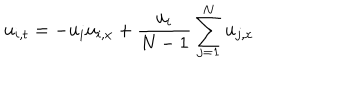
u _ { i , t } = - u _ { i } u _ { i , x } + { \frac { u _ { i } } { N - 1 } } \sum _ { j = 1 } ^ { N } u _ { j , x }